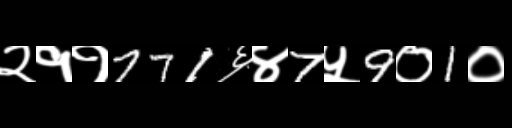
Text: २११771६४7५9०1०